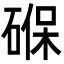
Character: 𮀮